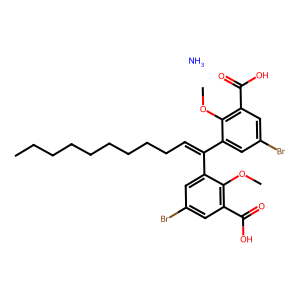
SMILES: CCCCCCCCCC=C(c1cc(Br)cc(C(=O)O)c1OC)c1cc(Br)cc(C(=O)O)c1OC.N
Inhibits HIV replication: No